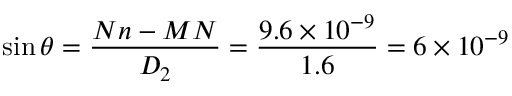
\sin \theta = \frac { N n - M N } { D _ { 2 } } = \frac { 9 . 6 \times 1 0 ^ { - 9 } } { 1 . 6 } = 6 \times 1 0 ^ { - 9 }